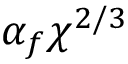
\alpha _ { f } \chi ^ { 2 / 3 }